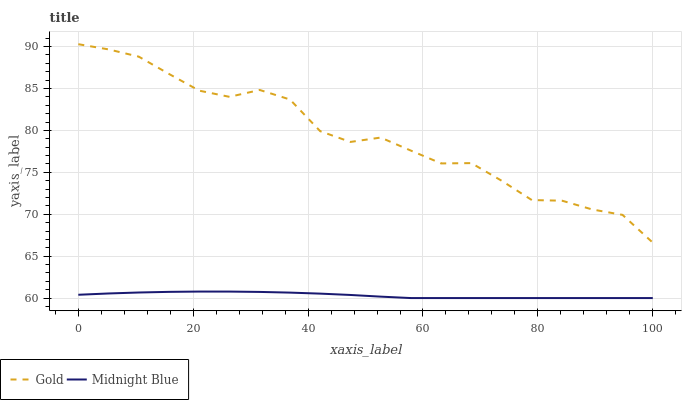
| xaxis_label | Gold | Midnight Blue |
 | --- | --- | --- |
 | 0 | 90.3 | 60.4 |
 | 5.26 | 89.7 | 60.5 |
 | 10.5 | 88.8 | 60.7 |
 | 15.8 | 86.7 | 60.7 |
 | 21.1 | 84.7 | 60.8 |
 | 26.3 | 84 | 60.8 |
 | 31.6 | 84.8 | 60.7 |
 | 36.8 | 83.7 | 60.7 |
 | 42.1 | 79.9 | 60.5 |
 | 47.4 | 78.6 | 60.4 |
 | 52.6 | 79.1 | 60.2 |
 | 57.9 | 77.6 | 60 |
 | 63.2 | 76.1 | 60 |
 | 68.4 | 76.1 | 60 |
 | 73.7 | 74 | 60 |
 | 78.9 | 71.7 | 60 |
 | 84.2 | 71.6 | 60 |
 | 89.5 | 70.6 | 60 |
 | 94.7 | 69.9 | 60 |
 | 100 | 66.6 | 60 |